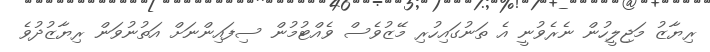
ރިޔާޒު މަޖިލީހުން ނެރެވުނީ އެ ތަނުގައިހުރި މޭޒުވެސް ވެއްޓުމުން ސިފައިންނަށް އަތުނުވަން ރިޔާޒުދުވެ